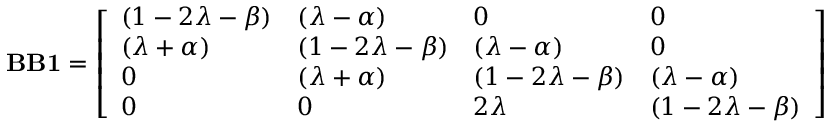
\mathbf { B B 1 } = { \left[ \begin{array} { l l l l } { ( 1 - 2 \lambda - \beta ) } & { ( \lambda - \alpha ) } & { 0 } & { 0 } \\ { ( \lambda + \alpha ) } & { ( 1 - 2 \lambda - \beta ) } & { ( \lambda - \alpha ) } & { 0 } \\ { 0 } & { ( \lambda + \alpha ) } & { ( 1 - 2 \lambda - \beta ) } & { ( \lambda - \alpha ) } \\ { 0 } & { 0 } & { 2 \lambda } & { ( 1 - 2 \lambda - \beta ) } \end{array} \right] }